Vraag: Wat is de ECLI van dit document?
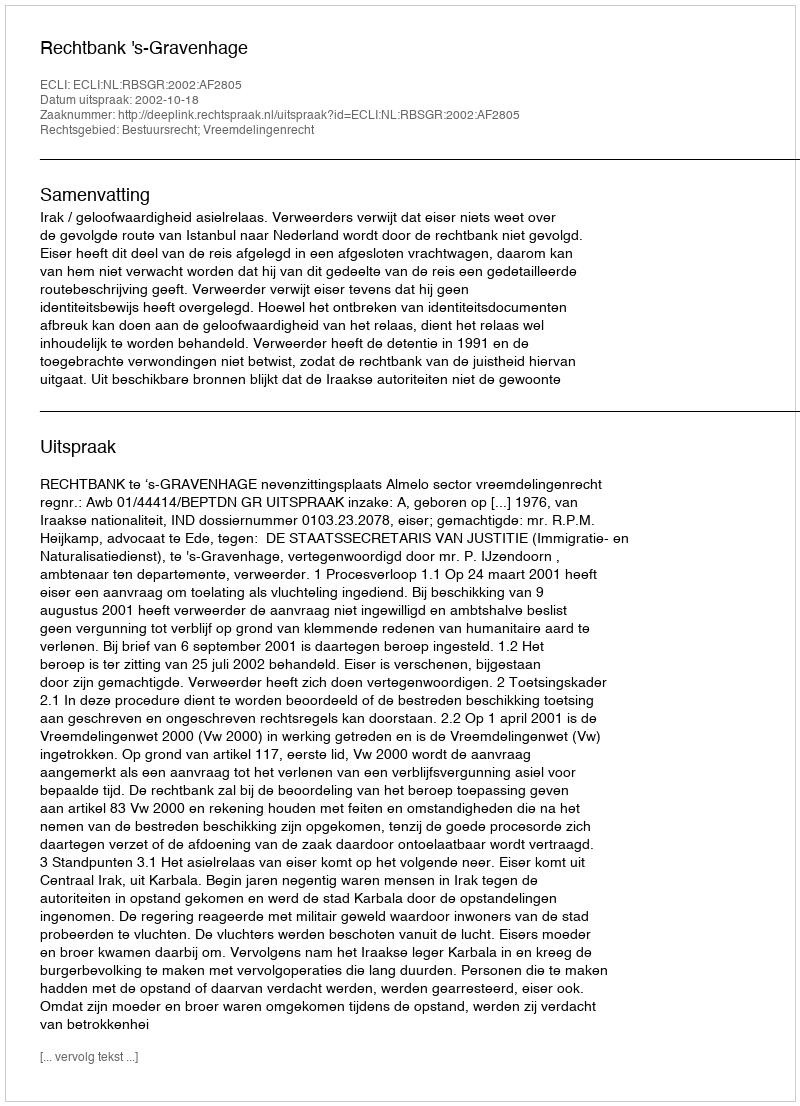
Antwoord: ECLI:NL:RBSGR:2002:AF2805